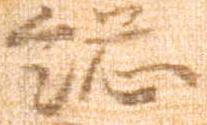
総